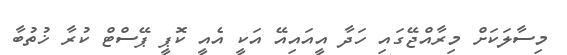
މިސާލަކަށް މިރާއްޖޭގައި ހަދާ އީއައިއޭ އަަކީ އެއީ ކޮޕީ ޕޭސްޓް ކުރާ ޚުތުބާ